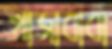
খাজাবাবা